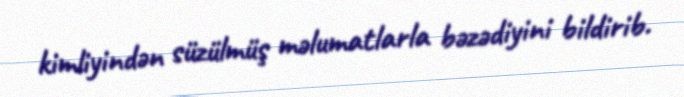
kimliyindən süzülmüş məlumatlarla bəzədiyini bildirib.